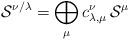
LaTeX: \begin{align*}\mathcal S^{\nu/\lambda} = \bigoplus_\mu c_{\lambda,\mu}^\nu \,\mathcal S^\mu\end{align*}